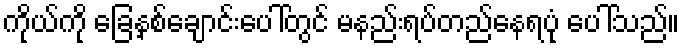
ကိုယ်ကို ခြေနှစ်ချောင်းပေါ်တွင် မနည်းရပ်တည်နေရပုံ ပေါ်သည်။